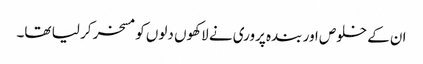
ان کے خلوص اور بندہ پروری نے لاکھوں دلوں کو مسخر کر لیا تھا۔